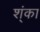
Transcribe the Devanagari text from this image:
श्ंका